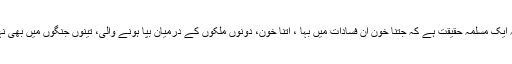
مگر یہ ایک مسلمہ حقیقت ہے کہ جتنا خون ان فسادات میں بہا ، اتنا خون، دونوں ملکوں کے درمیان بپا ہونے والی، تینوں جنگوں میں بھی نہیں بہا۔